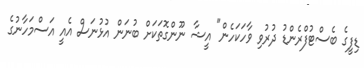
ޑިފީގެ ބެސްޓުފްރެންޑު ދުރުވި ވާހަކަހެން" އީޝާ ނޫންގޮތަކަށް ބުނަން އުޅުނަސް އެއީ އަސްމަހާނުގެ